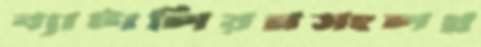
ব্যাটালিয়নসংলগ্ন